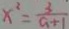
x ^ { 2 } = \frac { 3 } { a + 1 }